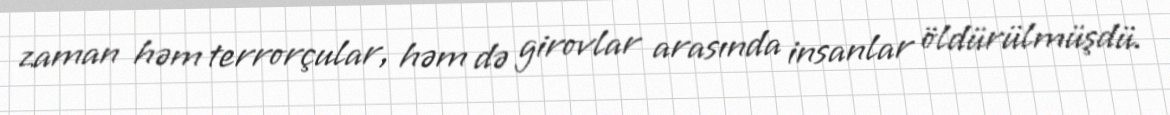
zaman həm terrorçular, həm də girovlar arasında insanlar öldürülmüşdü.